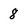
Character: 8